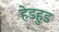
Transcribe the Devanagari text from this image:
हेडहुड